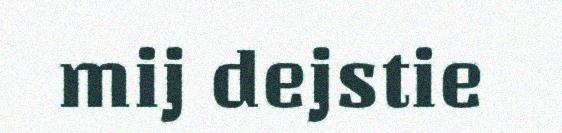
mij dejstie